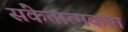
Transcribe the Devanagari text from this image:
संकेतात्मकता